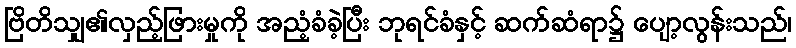
ဗြိတိသျှ၏လှည့်ဖြားမှုကို အညံ့ခံခဲ့ပြီး ဘုရင်ခံနှင့် ဆက်ဆံရာ၌ ပျော့လွန်းသည်၊